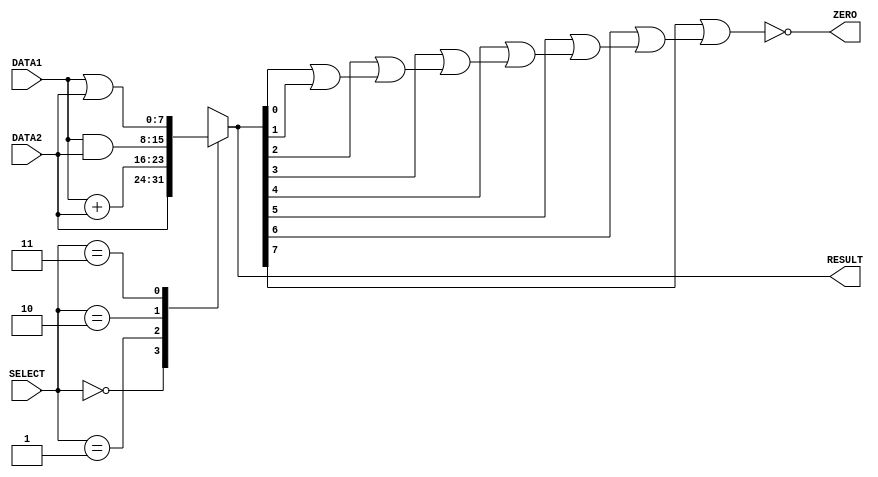
module alu(DATA1, DATA2, RESULT, SELECT,ZERO);

//port declaration
input [7:0] DATA1, DATA2; //initialize 8bit values for input DATA1 and DATA2
input [2:0] SELECT;   //initialize 3bit values for input
output [7:0] RESULT;   //initialize 8bit values for output
output  ZERO;  //Choose branch or not

 reg [7:0] ALU_OUT; // declare a variable ALU_OUT that can hold its value 
 wire ZERO_value;
 
 assign RESULT=ALU_OUT; //Give variable ALU_OUT value to output
 assign ZERO =ZERO_value;
 wire [7:0]FORWARD, add_r ,and_r,or_r;
/*  
  always@(DATA1,DATA2,SELECT)
  begin
  #1 FORWARD= DATA2;
  end
  always@(DATA1,DATA2,SELECT)
  begin
 #2 add_r=DATA1+DATA2;
  end
  always@(DATA1,DATA2,SELECT)
  begin
  #1 and_r=DATA1&DATA2;
  end
  always@(DATA1,DATA2,SELECT)
  begin
   #1 or_r=DATA1|DATA2;
  end */
  
  
 assign #1 FORWARD= DATA2;
 assign #2 add_r=DATA1+DATA2;
 assign #1 and_r=DATA1&DATA2;
 assign #1 or_r=DATA1|DATA2;
  
 

 //2second delay added
 always @(FORWARD,add_r,and_r,or_r,SELECT)
 
	begin
		case(SELECT)
	
		3'b000: //FORWARD loadi, mov 
		
		ALU_OUT=FORWARD;
		
		3'b001: //ADDITION add, sub
		 ALU_OUT=   add_r;
		
		3'b010: //AND
		 ALU_OUT= and_r;

		3'b011: //OR
		 ALU_OUT=  or_r;
		
		default: ALU_OUT=8'bx; //remaining bits are reserved
			//$display(" select value not allowed"); //remaining bits are reserved
			
		endcase
	
	end
	
//if the result is zero ,Zero signal must be high

	wire  OUT1,OUT2,OUT3,OUT4,OUT5,OUT6,OUT7;
	wire [7:0]IN1,IN2;
	assign IN1=RESULT;
	assign IN2=RESULT;

	or n_gate0(OUT1, IN1[0], IN1[1]); 
	or n_gate1(OUT2, IN1[2], OUT1);
	or n_gate2(OUT3, IN1[3], OUT2);
	or n_gate3(OUT4, IN1[4], OUT3);
	or n_gate4(OUT5, IN1[5], OUT4);
	or n_gate5(OUT6, IN1[6], OUT5); 
	or n_gate5(OUT7, IN1[7], OUT6);
	not (ZERO_value,OUT7);
 


	
endmodule